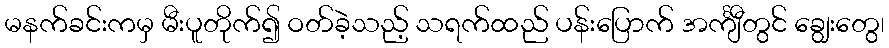
မနက်ခင်းကမှ မီးပူတိုက်၍ ဝတ်ခဲ့သည့် သရက်ထည် ပန်းပြောက် အင်္ကျီတွင် ချွေးတွေ၊